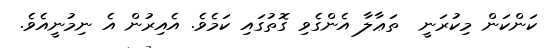
ކަންކަން މިކުރަނީ  ތަޢާލާ އެންގެވި ގޮތުގައި ކަމެވެ. އެއިރުން އެ ނިމުނީއެވެ.